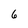
Character: 6